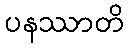
ပနဿာတိ